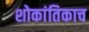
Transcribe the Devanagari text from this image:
शोकांतिकाच